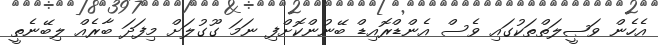
އެހެން ވަޞީލަތްތަކުގައި ވެސް އެންޑްރޮއިޑް ބޭނުންކޮށްފި ނަމަ ގޫގުލަށް މިފަދަ ބާރެއް ލިބޭނެތީ